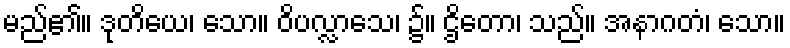
မည်၏။ ဒုတိယေ၊ သော။ ဝိပလ္လာသေ၊ ၌။ ဌိတော၊ သည်။ အနာဂတံ၊ သော။